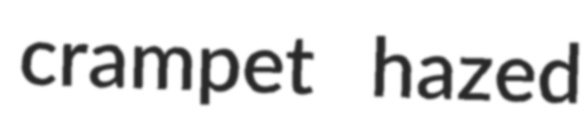
crampet hazed